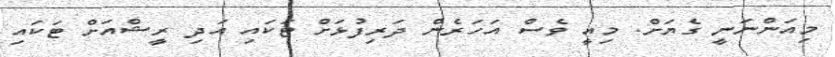
މިއަންނަނީ ގެޔަށް. މިއީ ވެސް އަހަރެން ދަރިފުޅަށް ޓަކައި އަދި ރީޝްއަށް ޓަކައި